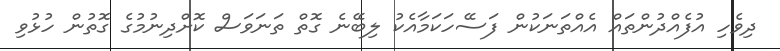
ދިވެހި އުފެއްދުންތައް އެއްތަނަކުން ފަސޭހަކަމާއެކު ލިބޭނެ ގޮތް ތަނަވަސް ކޮށްދިނުމުގެ ގޮތުން ހުޅުވި